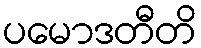
ပမောဒတီတိ